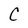
Character: C